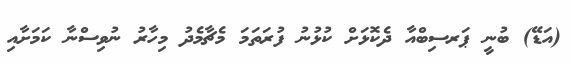
(އަޑޭ) ބުނީ ޕަރސިބްއާ ދެކޮޅަށް ކުޅުނު ފުރަތަމަ މެޗާމެދު މިހާރު ނުވިސްނާ ކަމަށާއި